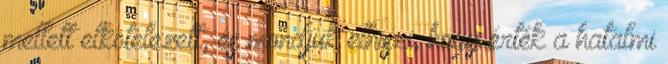
mellett elkötelezett, és mondjuk elhiszi, hogy érték a hatalmi